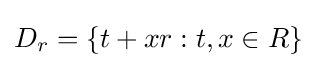
D_{r}=\lbrace t+xr:t,x\in R\rbrace